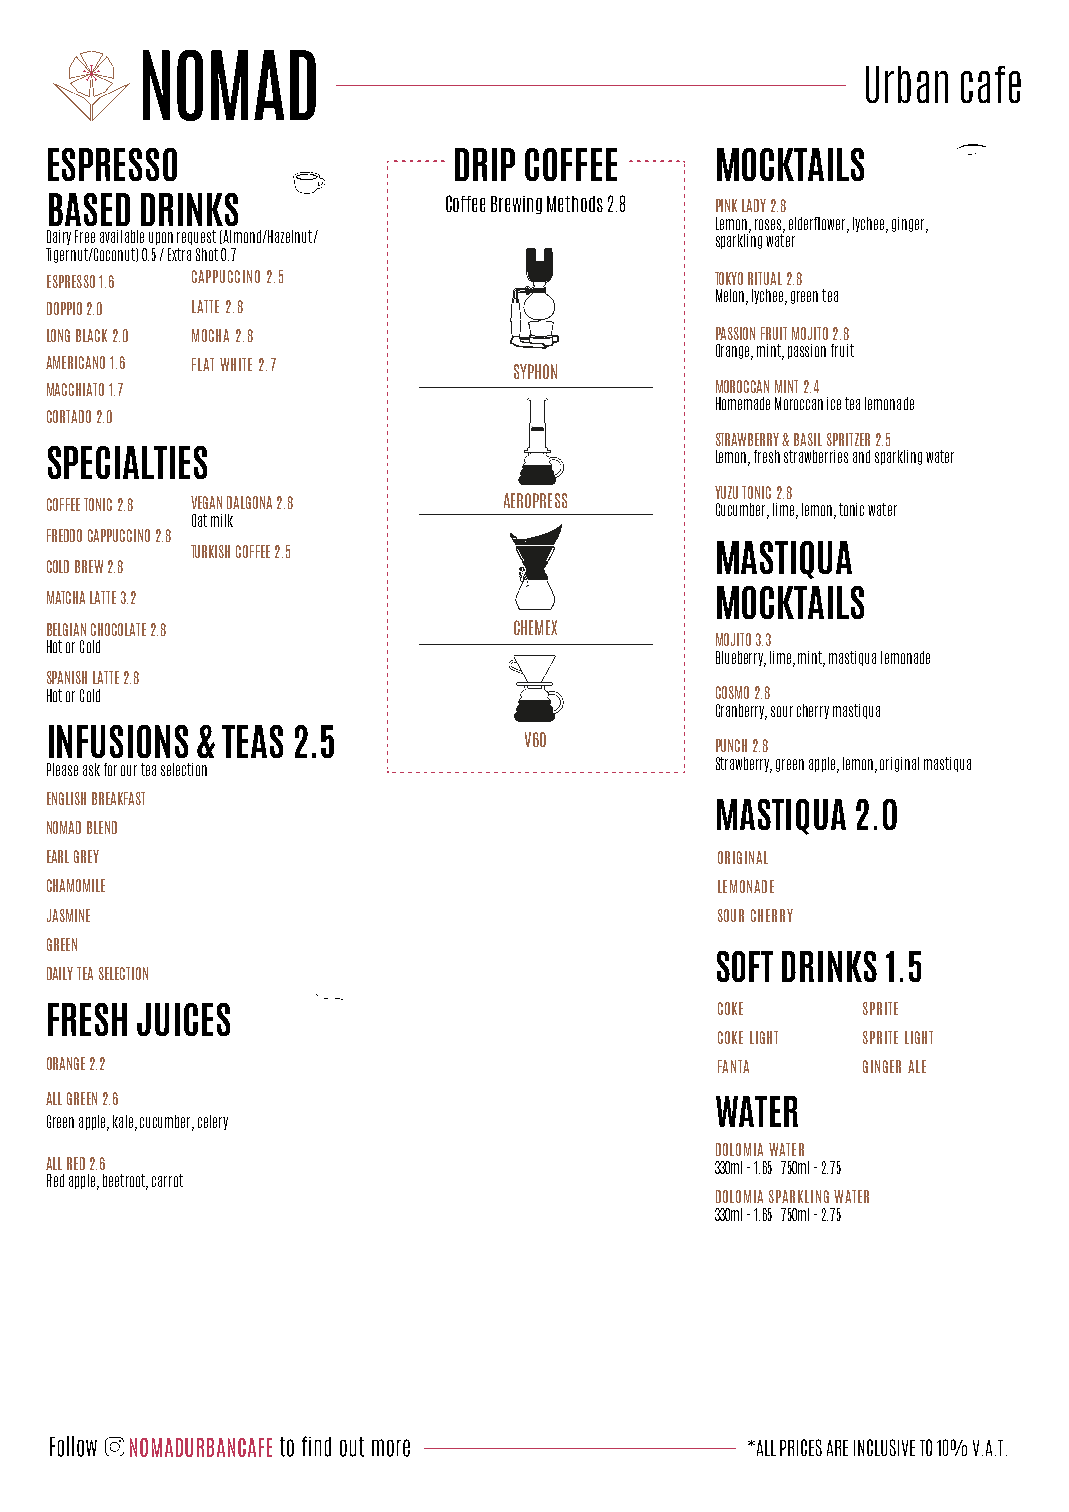
Urban cafe
 ESPRESSO                   DRIP COFFEE      MOCKTAILS
 BASED DRINKS              Coffee Brewing Methods 2.8 PINK LADY 2.8
 Lemon, roses, elderflower, lychee, ginger,
 Dairy Free available upon request (Almond/Hazelnut/ sparkling water
 Tigernut/Coconut) 0.5 / Extra Shot 0.7
 ESPRESSO 1.6 CAPPUCCINO 2.5                 TOKYO RITUAL 2.8
 Melon, lychee, green tea
 DOPPIO 2.0 LATTE 2.8
 LONG BLACK 2.0 MOCHA 2.8                    PASSION FRUIT MOJITO 2.8
 Orange, mint, passion fruit
 AMERICANO 1.6 FLAT WHITE 2.7
 SYPHON
 MACCHIATO 1.7                               MOROCCAN MINT 2.4
 Homemade Moroccan ice tea lemonade
 CORTADO 2.0
 STRAWBERRY & BASIL SPRITZER 2.5
 SPECIALTIES                                 Lemon, fresh strawberries and sparkling water
 YUZU TONIC 2.8
 COFFEE TONIC 2.8 VEGAN DALGONA 2.8 AEROPRESS Cucumber, lime, lemon, tonic water
 Oat milk
 FREDDO CAPPUCCINO 2.8
 TURKISH COFFEE 2.5                MASTIQUA
 COLD BREW 2.8
 MATCHA LATTE 3.2                            MOCKTAILS
 BELGIAN CHOCOLATE 2.8          CHEMEX
 MOJITO 3.3
 Hot or Cold
 Blueberry, lime, mint, mastiqua lemonade
 SPANISH LATTE 2.8
 Hot or Cold                                 COSMO 2.8
 Cranberry, sour cherry mastiqua
 INFUSIONS & TEAS 2.5            V60         PUNCH 2.8
 Please ask for our tea selection            Strawberry, green apple, lemon, original mastiqua
 ENGLISH BREAKFAST
 MASTIQUA  2.0
 NOMAD BLEND
 EARL GREY                                   ORIGINAL
 CHAMOMILE                                   LEMONADE
 JASMINE                                     SOUR CHERRY
 GREEN
 SOFT DRINKS 1.5
 DAILY TEA SELECTION
 COKE      SPRITE
 FRESH JUICES
 COKE LIGHT SPRITE LIGHT
 ORANGE 2.2                                  FANTA     GINGER ALE
 ALL GREEN 2.6
 WATER
 Green apple, kale, cucumber, celery
 DOLOMIA WATER
 ALL RED 2.6                                 330ml - 1.65 750ml - 2.75
 Red apple, beetroot, carrot
 DOLOMIA SPARKLING WATER
 330ml - 1.65 750ml - 2.75
 NOMADURBANCAFE                           *ALL PRICES ARE INCLUSIVE TO 10% V.A.T.